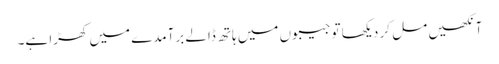
آنکھیں مل کر دیکھا تو جیبوں میں ہاتھ ڈالے برآمدے میں کھڑا ہے۔